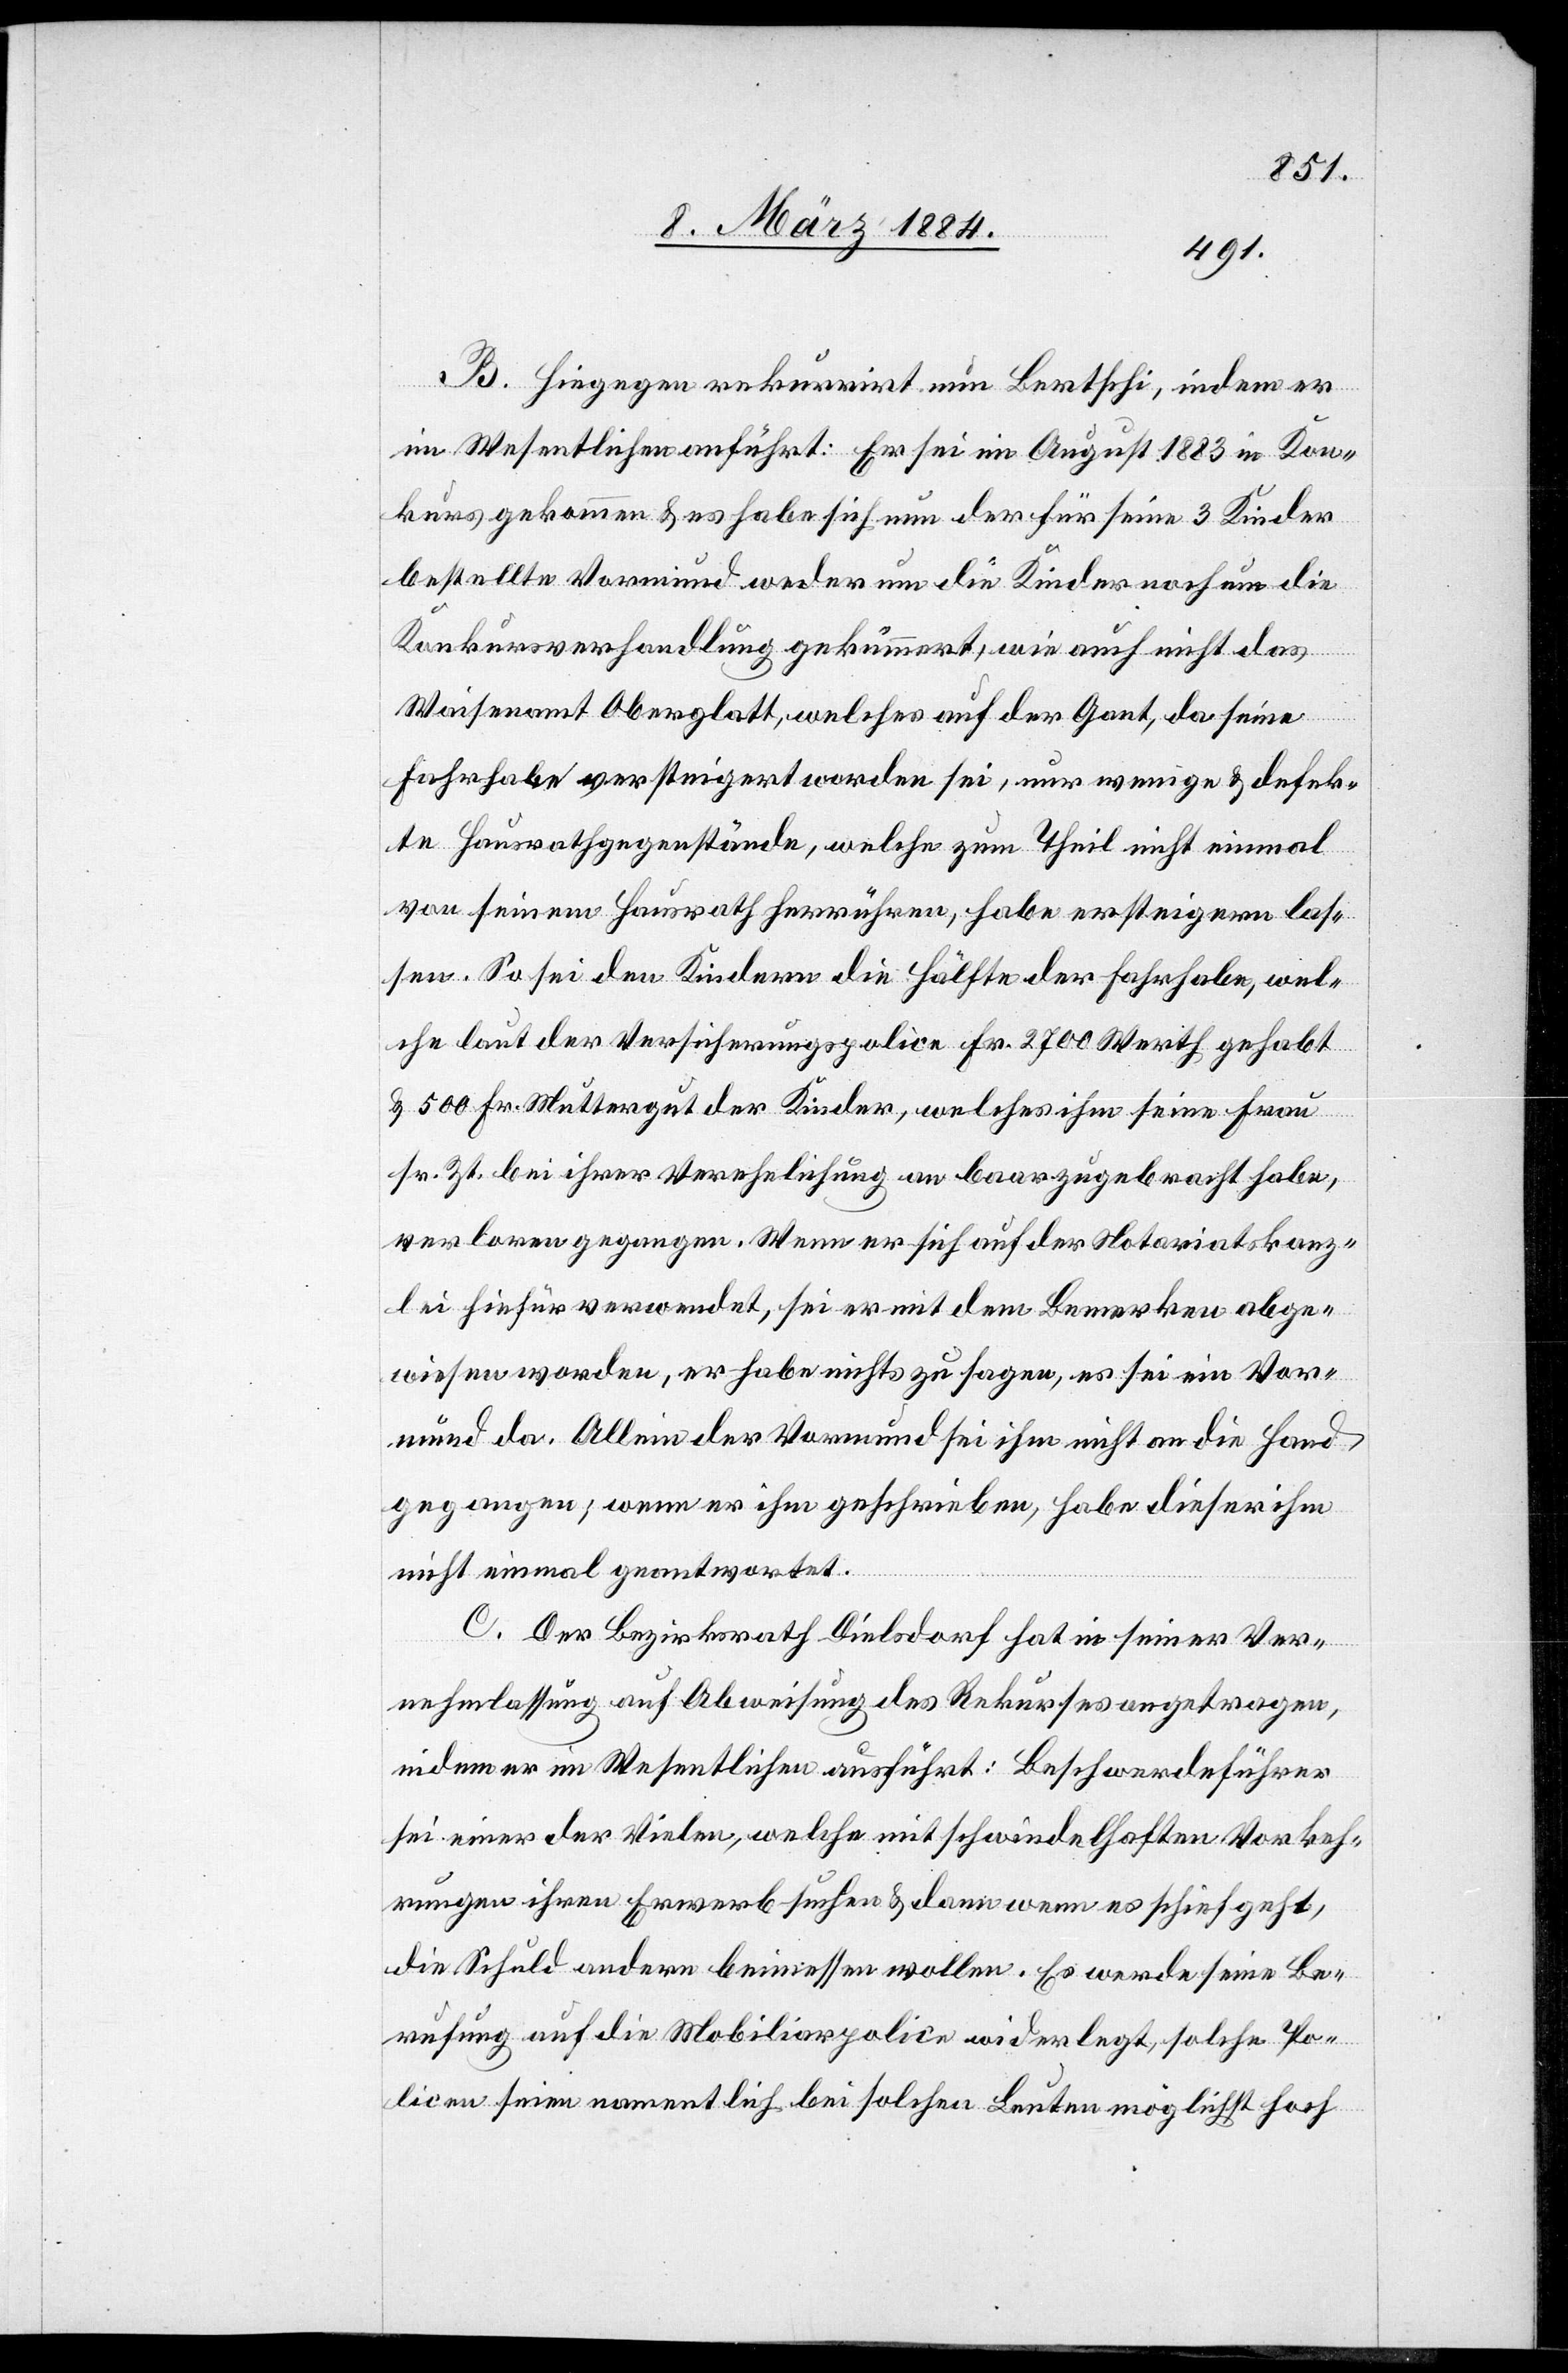
B. Hiegegen rekurrirt nun Bertschi, indem er
im Wesentlichen anführt: Er sei im August 1883 in Kon¬
kurs gekommen & es habe sich nun der für seine 3 Kinder
bestellte Vormund weder um die Kinder noch um die
Konkursverhandlung gekümmert, wie auch nicht das
Waisenamt Oberglatt, welches auf der Gant, da seine
Fahrhabe versteigert worden sei, nur wenige & defek¬
te Hausrathsgegenstände, welche zum Theil nicht einmal
von seinem Hausrath herrühren, habe ersteigern las¬
sen. So sei den Kindern die Hälfte der Fahrhabe, wel¬
che laut der Versicherungspolice Fr. 2700 Werth gehabt
& 500 Fr. Muttergut der Kinder, welches ihm seine Frau
sr. Zt. bei ihrer Verehelichung an baar zugebracht habe,
verloren gegangen. Wenn er sich auf der Notariatskanz¬
lei hiefür verwendet, sei er mit dem Bemerken abge¬
wiesen worden, er habe nicht zu sagen, es sei ein Vor¬
mund da. Allein der Vormund sei ihm nicht an die Hand
gegangen, wenn er ihm geschrieben, habe dieser ihm
nicht einmal geantwortet.
C. Der Bezirksrath Dielsdorf hat in seiner Ver¬
nehmlassung auf Abweisung des Rekurses angetragen,
indem er im Wesentlichen ausführt: Beschwerdeführer
sei einer der Vielen, welche mit schwindelhaften Vorkeh¬
rungen ihren Erwerb suchen & dann wenn es schief geht,
die Schuld andern beimessen wollen. Es werde seine Be¬
rufung auf die Mobiliarpolice widerlegt, solche Po¬
licen seien namentlich bei solchen Leuten möglichst hoch